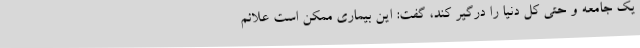
یک جامعه و حتی کل دنیا را درگیر کند، گفت: این بیماری ممکن است علائم